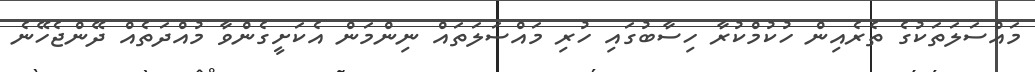
މައްސަލަތަކުގެ ތެރެއިން ހުކުމްކުރާ ހިސާބުގައި ހުރި މައްސަލަތައް ނިންމަން އެކަށީގެންވާ މުއްދަތެއް ދޭންޖެހޭނެ